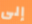
إلى